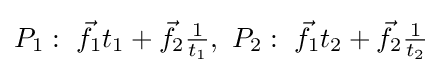
P_{1}:\ {\vec {f}}_{1}t_{1}+{\vec {f}}_{2}{\tfrac {1}{t_{1}}},\ P_{2}:\ {\vec {f}}_{1}t_{2}+{\vec {f}}_{2}{\tfrac {1}{t_{2}}}